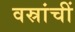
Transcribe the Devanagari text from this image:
वस्रांचीं